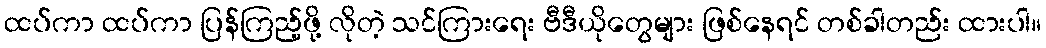
ထပ်ကာ ထပ်ကာ ပြန်ကြည့်ဖို့ လိုတဲ့ သင်ကြားရေး ဗီဒီယိုတွေများ ဖြစ်နေရင် တစ်ခါတည်း ထားပါ။